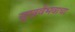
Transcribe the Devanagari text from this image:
सुखवैभवाचा